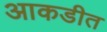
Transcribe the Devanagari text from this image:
आकडीत